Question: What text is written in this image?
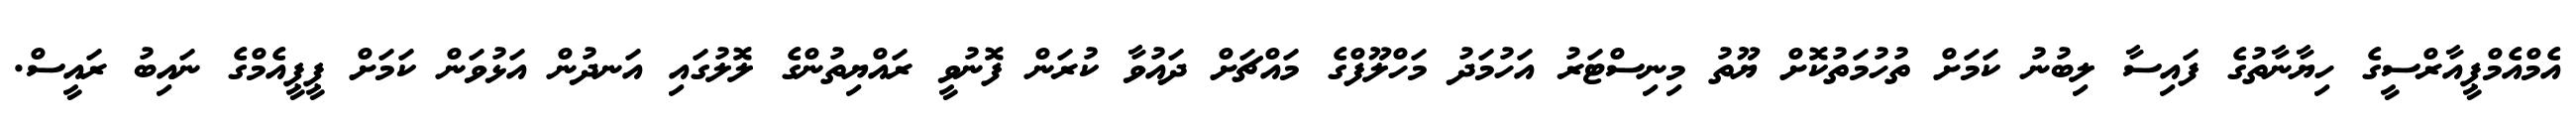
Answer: އެމްއެމްޕީއާރްސީގެ ހިޔާނާތުގެ ފައިސާ ލިބުނު ކަމަށް ތުހުމަތުކޮށް ޔޫތު މިނިސްޓަރު އަހުމަދު މަހްލޫފްގެ މައްޗަށް ދައުވާ ކުރަން ފޮނުވީ ރައްޔިތުންގެ ލޮލުގައި އަނދުން އަޅުވަން ކަމަށް ޕީޕީއެމްގެ ނައިބު ރައީސް.